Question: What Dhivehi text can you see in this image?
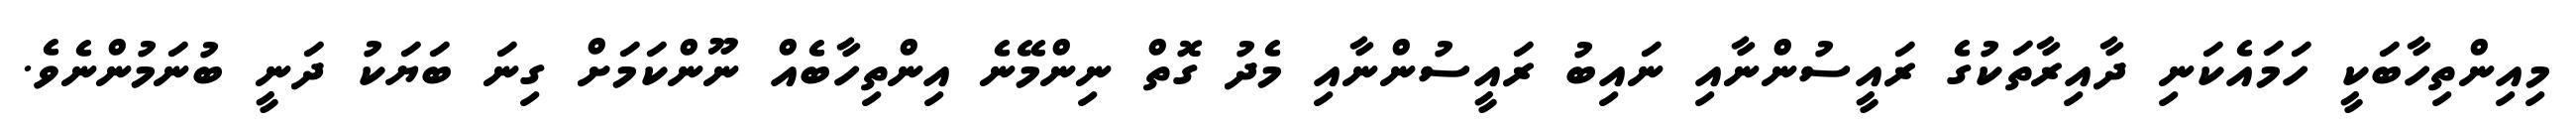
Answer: މިއިންތިހާބަކީ ހަމައެކަނި ދާއިރާތަކުގެ ރައީސުންނާއި ނައިބު ރައީސުންނާއި މެދު ގޮތް ނިންމޭނެ އިންތިހާބެއް ނޫންކަމަށް ގިނަ ބަޔަކު ދަނީ ބުނަމުންނެވެ.